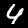
Digit: 4